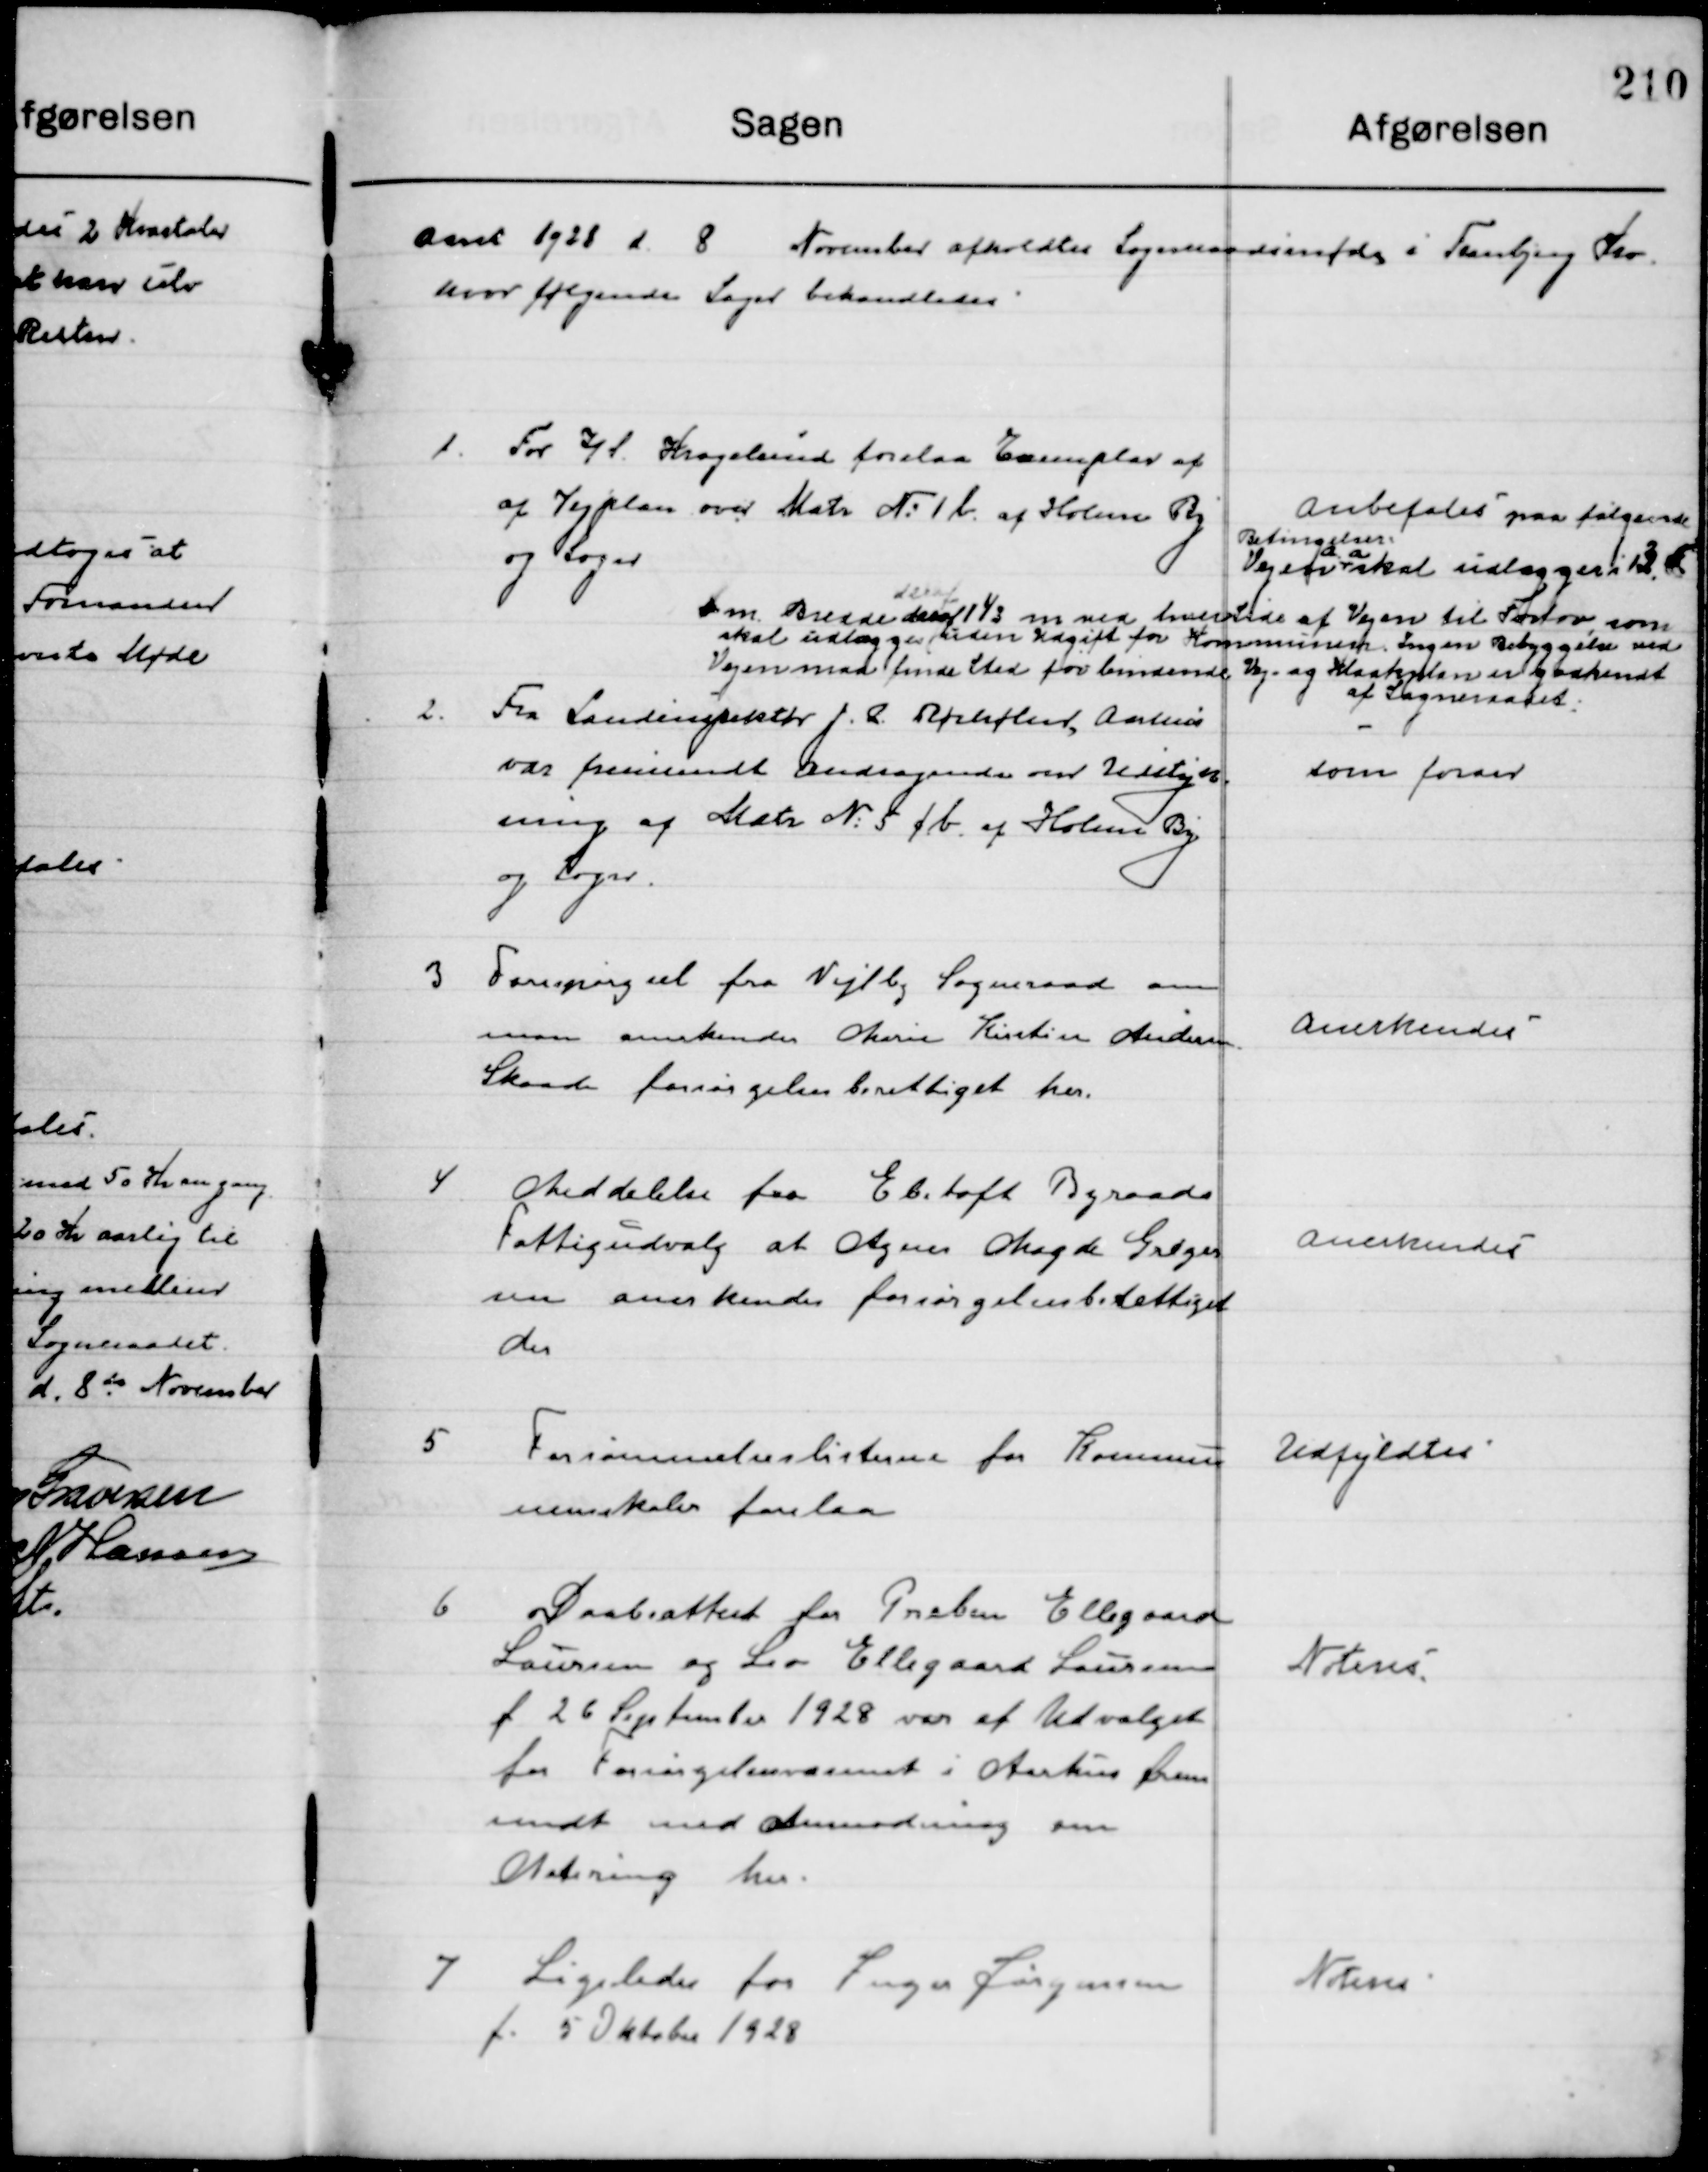
Transskription:
Aaret 1921 d. 8 November afholdtes Sogneraadsmøde i Tanbjerg Sev
hvor følgende Sager behandledes.

1.

For l. Krogslund forelaa Eamplar af
af Vejplan over Matr N° 1b af Holme By
og Soger

anbefales paa følgende
Betingelser.
Vejen
72 a
skal udlæggeri 12
m Bresde aaraf 1/3 m ved hvede af Vejen til Fortov som
skal udlægge tiden Udgift for Kommunen Ingen Bebyggelse ved
Vejen måd finde Sted for lemdende Vej og Kaskan ukedkendt
af Sogneraadet

2.

Fra Landinspekttr J. L. Pfiliftut, Aarhus
var fremsendt Andragende om Udstykt
ning og Matr. N. S fb af Holme By
og Sogn.

som forser

3

Forespørgsel fra Vejlby Sogneraad o
man anerkendes Ohsrie Kirstien ndersen
Skaade forsørgelsesberettiget her.

anerkendes

4

Meddelelse fra El.toft Byraads
Fattigudvalg at Ogns Magde Griger
sin anerkendes forsørgelesbetettiget
do

anerkendes

5

Forsømmeleslisterne for Komune
umskale forelaa

Udfyldtes

6

Daabattet for Preben Ellegaard
Laursen og div Ellegaard Laursen
f 26 September 1928 var af Udvalget
for Forsngelsvæsenet i Aarhus frem
sendt med Anmodning om
Notring her.

Noteres

7

Ligeledes for Lnger Jørgensen
f. 5 Oktober 1928

Nten